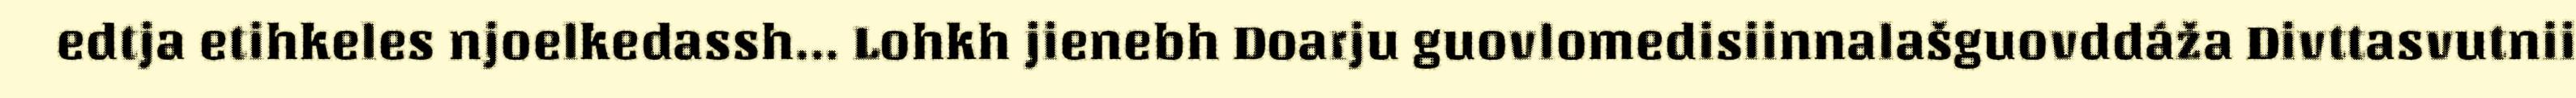
edtja etihkeles njoelkedassh... Lohkh jienebh Doarju guovlomedisiinnalašguovddáža Divttasvutnii